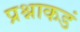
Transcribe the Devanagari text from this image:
प्रश्नाकडं